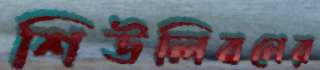
শিউলিবনের